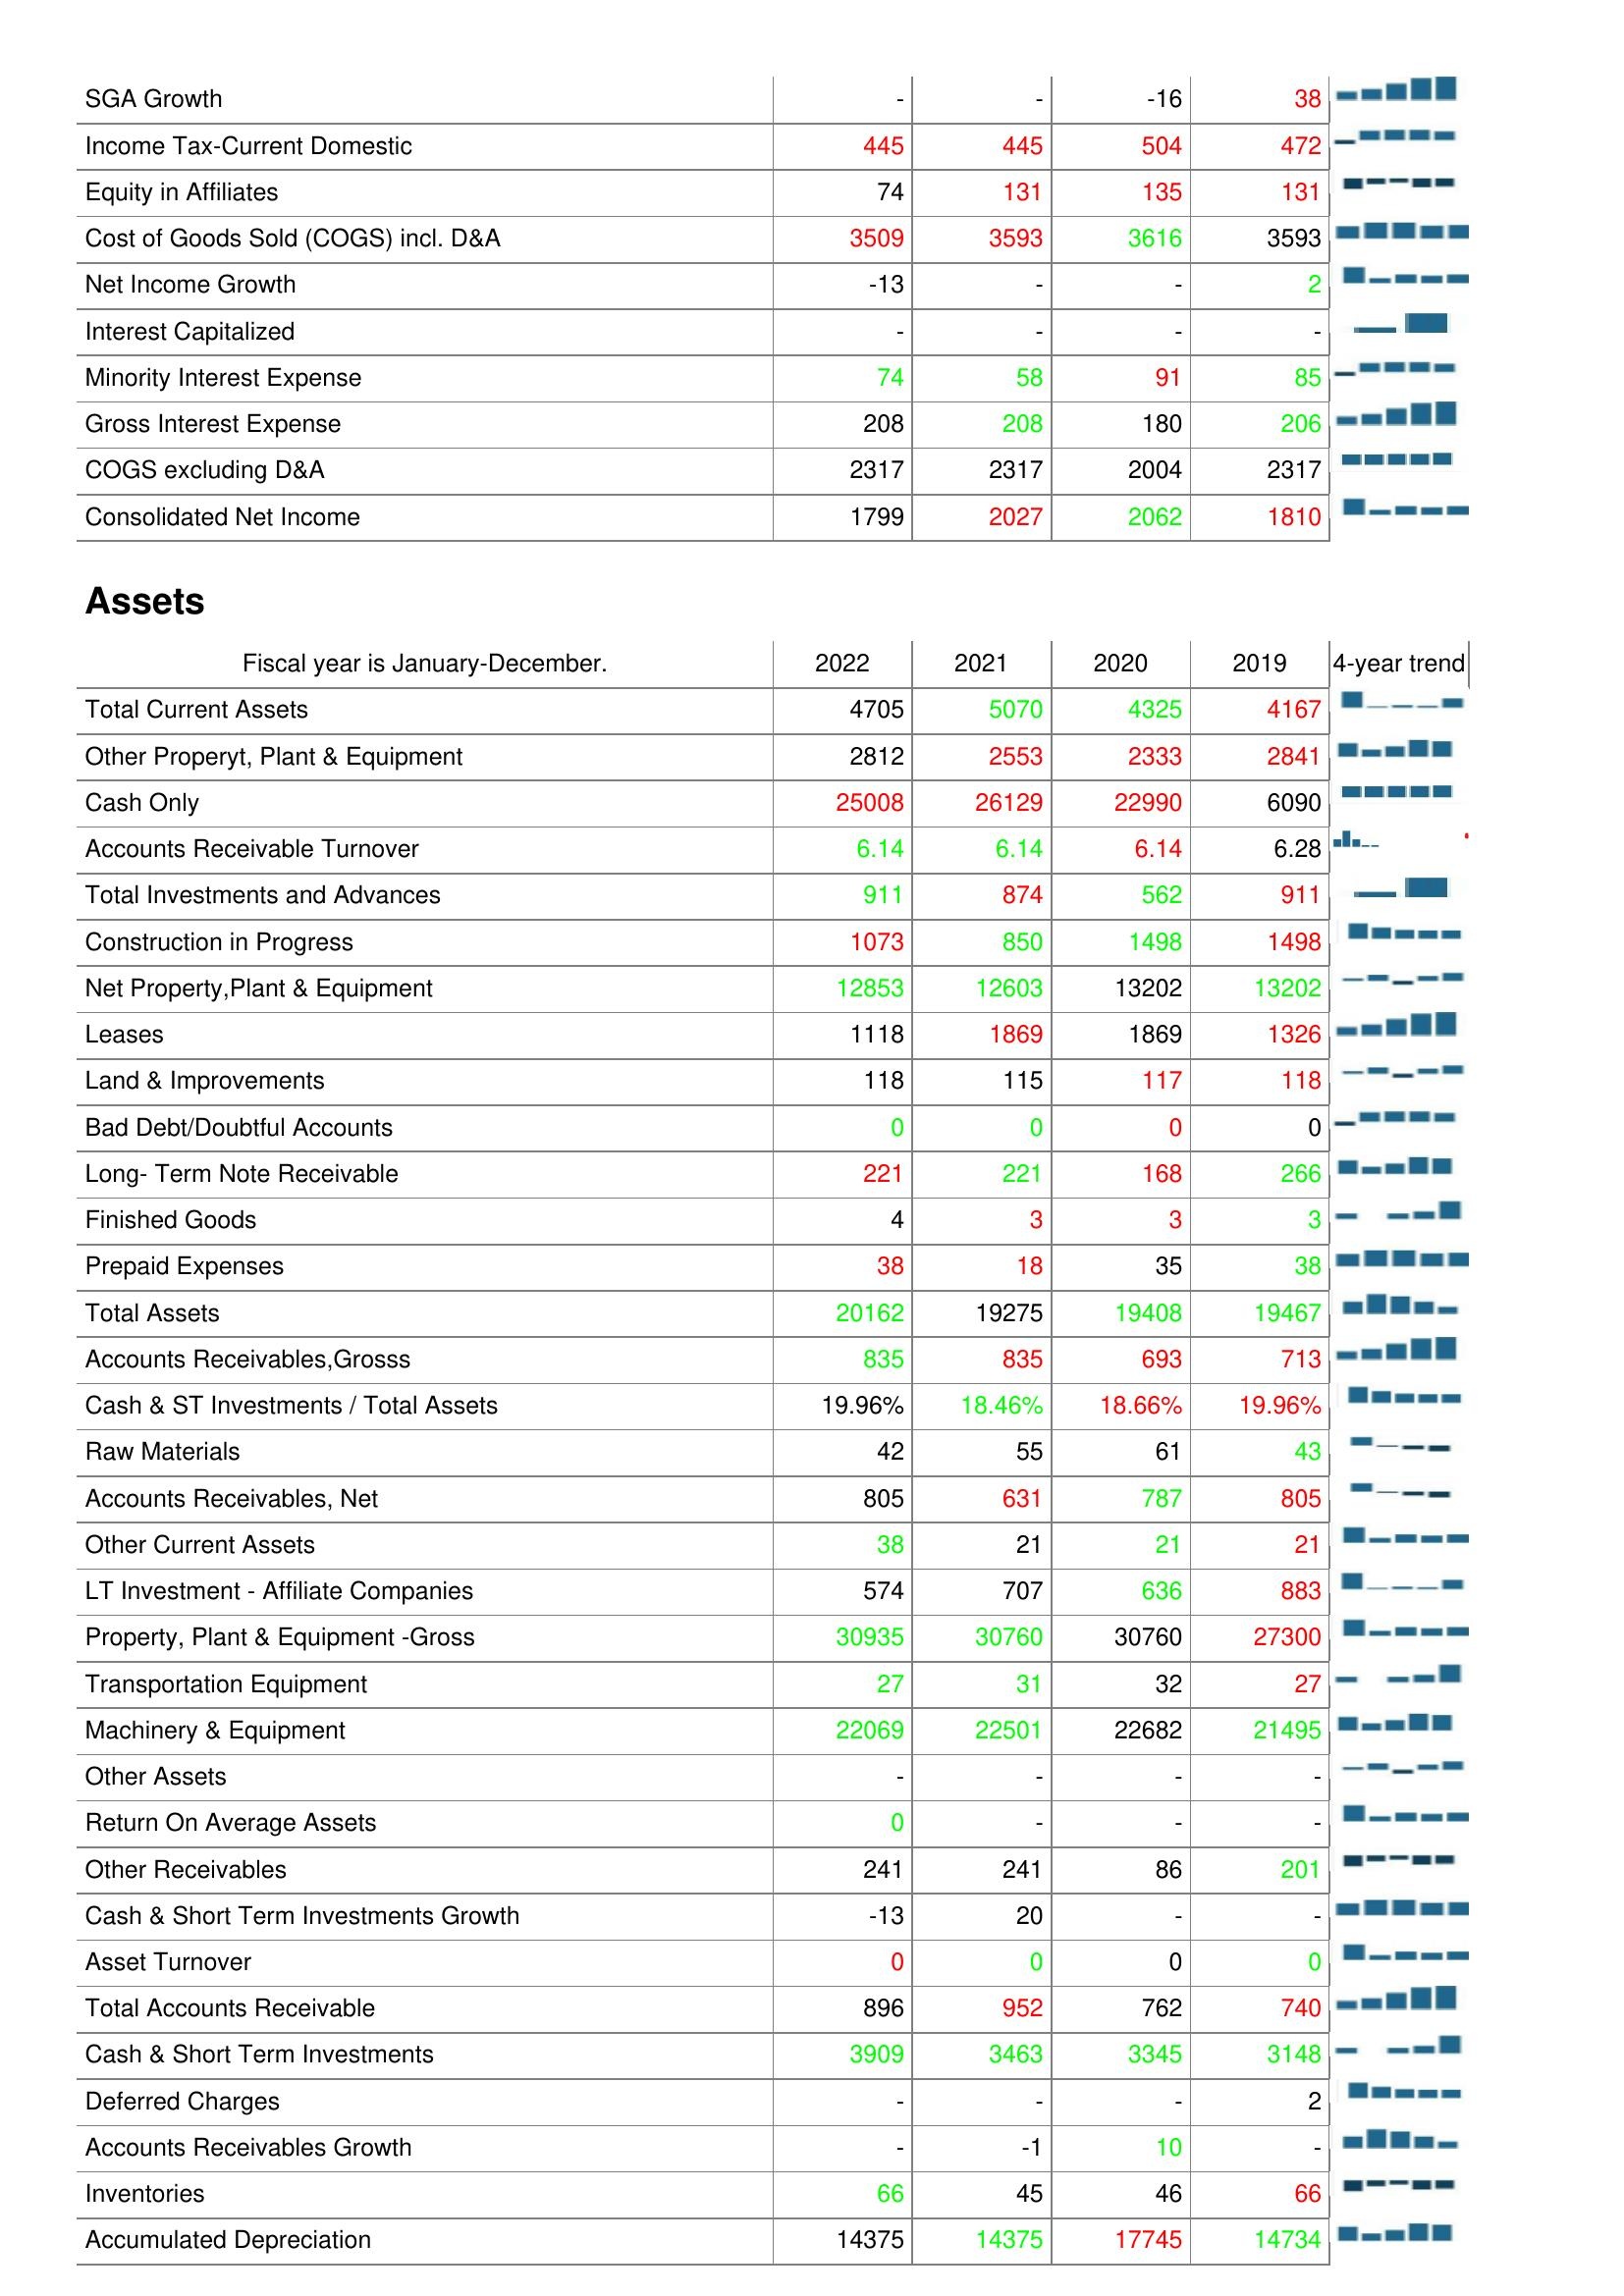
2022: : SGA Growth: -
Income Tax-Current Domestic: 445
Equity in Affiliates: 74
Cost of Goods Sold (COGS) incl. D&A: 3509
Net Income Growth: -13
Interest Capitalized: -
Minority Interest Expense: 74
Gross Interest Expense: 208
COGS excluding D&A: 2317
Consolidated Net Income: 1799
Assets: Total Current Assets: 4705
Other Properyt, Plant & Equipment: 2812
Cash Only: 25008
Accounts Receivable Turnover: 6.14
Total Investments and Advances: 911
Construction in Progress: 1073
Net Property,Plant & Equipment: 12853
Leases: 1118
Land & Improvements: 118
Bad Debt/Doubtful Accounts: 0
Long- Term Note Receivable: 221
Finished Goods: 4
Prepaid Expenses: 38
Total Assets: 20162
Accounts Receivables,Grosss: 835
Cash & ST Investments / Total Assets: 19.96%
Raw Materials: 42
Accounts Receivables, Net: 805
Other Current Assets: 38
LT Investment - Affiliate Companies: 574
Property, Plant & Equipment -Gross: 30935
Transportation Equipment: 27
Machinery & Equipment: 22069
Other Assets: -
Return On Average Assets: 0
Other Receivables: 241
Cash & Short Term Investments Growth: -13
Asset Turnover: 0
Total Accounts Receivable: 896
Cash & Short Term Investments: 3909
Deferred Charges: -
Accounts Receivables Growth: -
Inventories: 66
Accumulated Depreciation: 14375
2021: : SGA Growth: -
Income Tax-Current Domestic: 445
Equity in Affiliates: 131
Cost of Goods Sold (COGS) incl. D&A: 3593
Net Income Growth: -
Interest Capitalized: -
Minority Interest Expense: 58
Gross Interest Expense: 208
COGS excluding D&A: 2317
Consolidated Net Income: 2027
Assets: Total Current Assets: 5070
Other Properyt, Plant & Equipment: 2553
Cash Only: 26129
Accounts Receivable Turnover: 6.14
Total Investments and Advances: 874
Construction in Progress: 850
Net Property,Plant & Equipment: 12603
Leases: 1869
Land & Improvements: 115
Bad Debt/Doubtful Accounts: 0
Long- Term Note Receivable: 221
Finished Goods: 3
Prepaid Expenses: 18
Total Assets: 19275
Accounts Receivables,Grosss: 835
Cash & ST Investments / Total Assets: 18.46%
Raw Materials: 55
Accounts Receivables, Net: 631
Other Current Assets: 21
LT Investment - Affiliate Companies: 707
Property, Plant & Equipment -Gross: 30760
Transportation Equipment: 31
Machinery & Equipment: 22501
Other Assets: -
Return On Average Assets: -
Other Receivables: 241
Cash & Short Term Investments Growth: 20
Asset Turnover: 0
Total Accounts Receivable: 952
Cash & Short Term Investments: 3463
Deferred Charges: -
Accounts Receivables Growth: -1
Inventories: 45
Accumulated Depreciation: 14375
2020: : SGA Growth: -16
Income Tax-Current Domestic: 504
Equity in Affiliates: 135
Cost of Goods Sold (COGS) incl. D&A: 3616
Net Income Growth: -
Interest Capitalized: -
Minority Interest Expense: 91
Gross Interest Expense: 180
COGS excluding D&A: 2004
Consolidated Net Income: 2062
Assets: Total Current Assets: 4325
Other Properyt, Plant & Equipment: 2333
Cash Only: 22990
Accounts Receivable Turnover: 6.14
Total Investments and Advances: 562
Construction in Progress: 1498
Net Property,Plant & Equipment: 13202
Leases: 1869
Land & Improvements: 117
Bad Debt/Doubtful Accounts: 0
Long- Term Note Receivable: 168
Finished Goods: 3
Prepaid Expenses: 35
Total Assets: 19408
Accounts Receivables,Grosss: 693
Cash & ST Investments / Total Assets: 18.66%
Raw Materials: 61
Accounts Receivables, Net: 787
Other Current Assets: 21
LT Investment - Affiliate Companies: 636
Property, Plant & Equipment -Gross: 30760
Transportation Equipment: 32
Machinery & Equipment: 22682
Other Assets: -
Return On Average Assets: -
Other Receivables: 86
Cash & Short Term Investments Growth: -
Asset Turnover: 0
Total Accounts Receivable: 762
Cash & Short Term Investments: 3345
Deferred Charges: -
Accounts Receivables Growth: 10
Inventories: 46
Accumulated Depreciation: 17745
2019: : SGA Growth: 38
Income Tax-Current Domestic: 472
Equity in Affiliates: 131
Cost of Goods Sold (COGS) incl. D&A: 3593
Net Income Growth: 2
Interest Capitalized: -
Minority Interest Expense: 85
Gross Interest Expense: 206
COGS excluding D&A: 2317
Consolidated Net Income: 1810
Assets: Total Current Assets: 4167
Other Properyt, Plant & Equipment: 2841
Cash Only: 6090
Accounts Receivable Turnover: 6.28
Total Investments and Advances: 911
Construction in Progress: 1498
Net Property,Plant & Equipment: 13202
Leases: 1326
Land & Improvements: 118
Bad Debt/Doubtful Accounts: 0
Long- Term Note Receivable: 266
Finished Goods: 3
Prepaid Expenses: 38
Total Assets: 19467
Accounts Receivables,Grosss: 713
Cash & ST Investments / Total Assets: 19.96%
Raw Materials: 43
Accounts Receivables, Net: 805
Other Current Assets: 21
LT Investment - Affiliate Companies: 883
Property, Plant & Equipment -Gross: 27300
Transportation Equipment: 27
Machinery & Equipment: 21495
Other Assets: -
Return On Average Assets: -
Other Receivables: 201
Cash & Short Term Investments Growth: -
Asset Turnover: 0
Total Accounts Receivable: 740
Cash & Short Term Investments: 3148
Deferred Charges: 2
Accounts Receivables Growth: -
Inventories: 66
Accumulated Depreciation: 14734